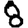
Digit: 8